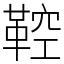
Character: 鞚